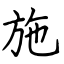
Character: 施